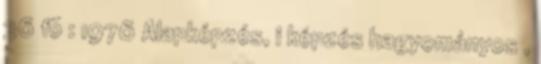
36 fõ : 1976 Alapképzés, i képzés hagyományos ,